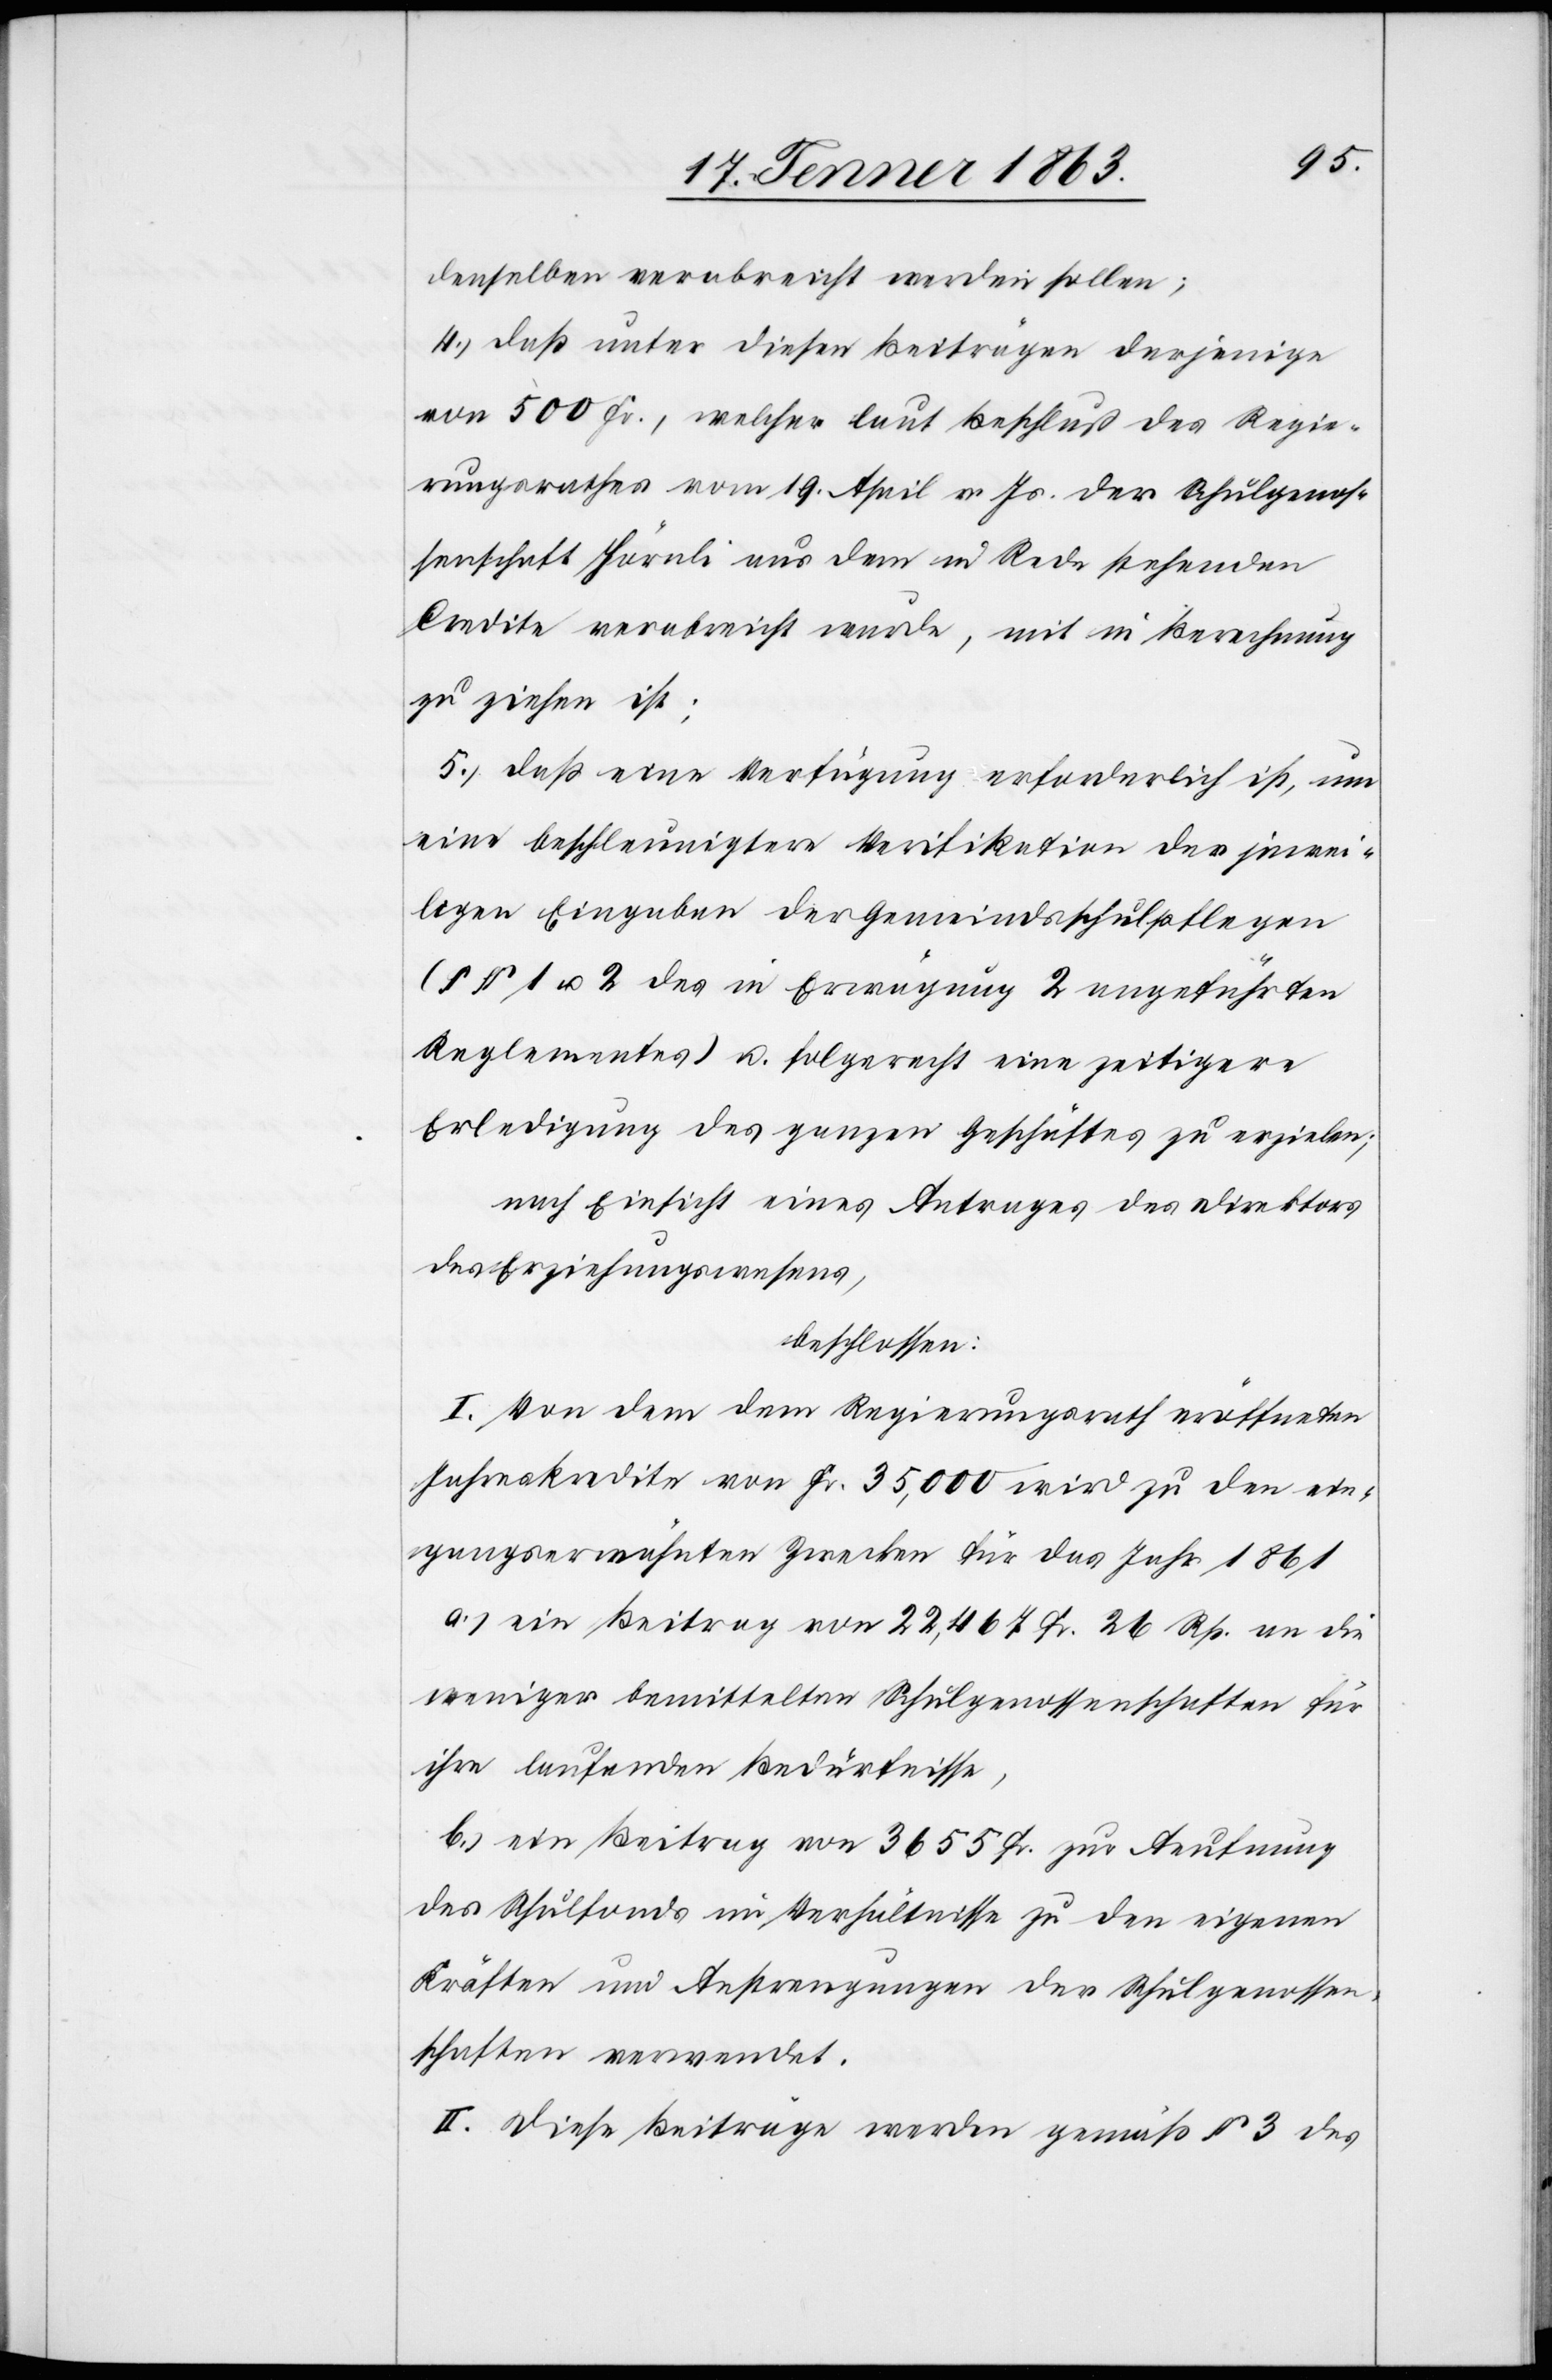
denselben verabreicht werden sollen;
4.) daß unter diesen Beiträgen derjenige
von 500 Fr., welcher laut Beschluß des Regie¬
rungsrathes vom 19. April v. Js. der Schulgenos¬
senschaft Hörnli aus dem in Rede stehenden
Credite verabreicht wurde, mit in Berechnung
zu ziehen ist;
5.) daß eine Verfügung erforderlich ist, um
eine beschleunigtere Verifikation der jewei¬
ligen Eingaben der Gemeindsschulpflegen
(§§ 1 u. 2 des in Erwägung 2 angeführten
Reglementes) u. folgerecht eine zeitigere
Erledigung des ganzen Geschäftes zu erzielen;
nach Einsicht eines Antrages des Direktors
des Erziehungswesens,
beschlossen:
I. Von dem dem Regierungsrath eröffneten
Jahreskredite von Fr. 35,000 wird zu den ein¬
gangserwähnten Zwecken für das Jahr 1861
a.) ein Beitrag von 22,467 Fr. 26 Rp. an die
weniger bemittelten Schulgenossenschaften für
ihre laufenden Bedürfnisse,
b.) ein Beitrag von 3655 Fr. zur Aeufnung
des Schulfonds im Verhältnisse zu den eigenen
Kräften und Anstrengungen der Schulgenossen¬
schaften verwendet.
II. Diese Beiträge werden gemäß § 3 des